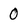
Character: 0